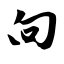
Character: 向